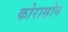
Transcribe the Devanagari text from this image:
कोरासोन